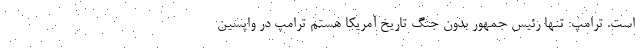
است. ترامپ: تنها رئیس جمهور بدون جنگ تاریخ آمریکا هستم ترامپ در واپسین